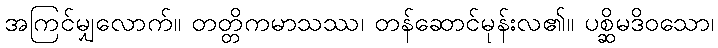
အကြင်မျှလောက်။ တတ္တိကမာသဿ၊ တန်ဆောင်မုန်းလ၏။ ပစ္ဆိမဒိဝသော၊